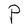
Character: P